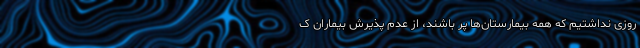
روزی نداشتیم که همه بیمارستان‌ها پر باشند، از عدم پذیرش بیماران ک